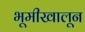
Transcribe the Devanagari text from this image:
भूमीखालून